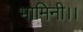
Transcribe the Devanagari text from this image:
भामिनी।।